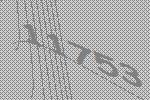
11753